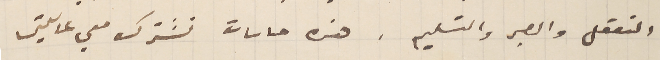
التعقل والصبر والتسليم . هذه حاسات تشترك معي عايلتى